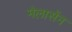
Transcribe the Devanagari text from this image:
मेलासेंन